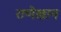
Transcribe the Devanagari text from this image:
राणेखान